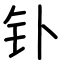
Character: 钋